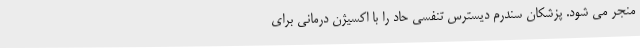
منجر می شود. پزشکان سندرم دیسترس تنفسی حاد را با اکسیژن درمانی برای